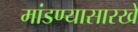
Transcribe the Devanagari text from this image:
मांडण्यासारखे